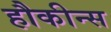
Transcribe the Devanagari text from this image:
हौकीन्स